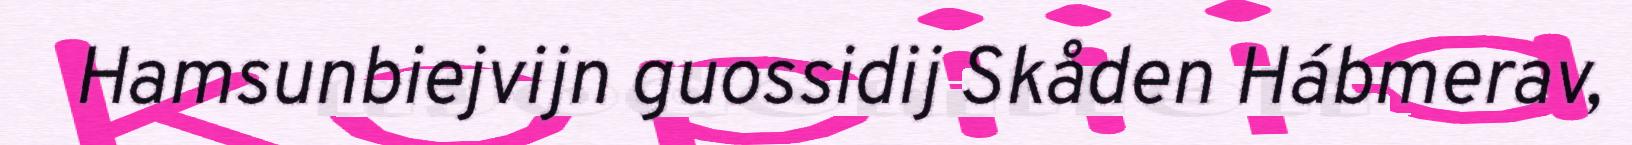
Hamsunbiejvijn guossidij Skåden Hábmerav,